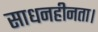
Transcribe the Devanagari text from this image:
साधनहीनता।